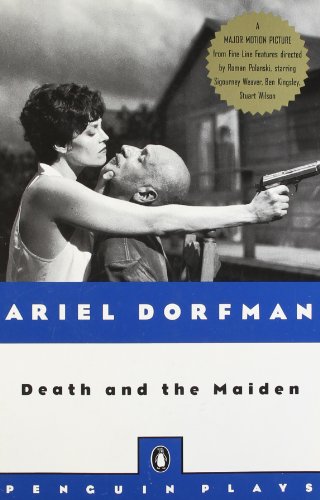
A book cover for Death and the Maiden; Ariel Dorfman; Literature & Fiction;